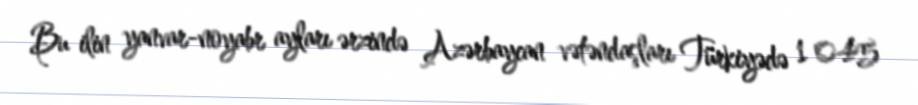
Bu ilin yanvar-noyabr ayları ərzində Azərbaycan vətəndaşları Türkiyədə 1 045